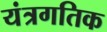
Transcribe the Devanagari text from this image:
यंत्रगतिक